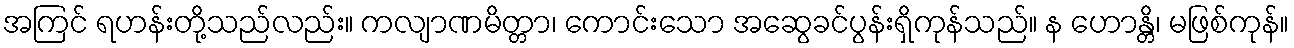
အကြင် ရဟန်းတို့သည်လည်း။ ကလျာဏမိတ္တာ၊ ကောင်းသော အဆွေခင်ပွန်းရှိကုန်သည်။ န ဟောန္တိ၊ မဖြစ်ကုန်။